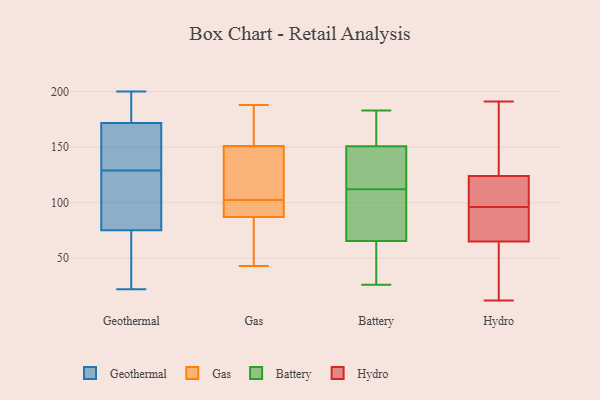
{"axis": {"x": "Production Output", "y": "Value"}, "legend": ["Battery", "Gas", "Geothermal", "Hydro"], "data": [{"x": "", "y": 180, "type": "Geothermal"}, {"x": "", "y": 182, "type": "Geothermal"}, {"x": "", "y": 63, "type": "Geothermal"}, {"x": "", "y": 73, "type": "Geothermal"}, {"x": "", "y": 160, "type": "Geothermal"}, {"x": "", "y": 94, "type": "Geothermal"}, {"x": "", "y": 198, "type": "Geothermal"}, {"x": "", "y": 162, "type": "Geothermal"}, {"x": "", "y": 22, "type": "Geothermal"}, {"x": "", "y": 124, "type": "Geothermal"}, {"x": "", "y": 55, "type": "Geothermal"}, {"x": "", "y": 169, "type": "Geothermal"}, {"x": "", "y": 122, "type": "Geothermal"}, {"x": "", "y": 200, "type": "Geothermal"}, {"x": "", "y": 141, "type": "Geothermal"}, {"x": "", "y": 76, "type": "Geothermal"}, {"x": "", "y": 129, "type": "Geothermal"}, {"x": "", "y": 164, "type": "Gas"}, {"x": "", "y": 151, "type": "Gas"}, {"x": "", "y": 121, "type": "Gas"}, {"x": "", "y": 109, "type": "Gas"}, {"x": "", "y": 96, "type": "Gas"}, {"x": "", "y": 87, "type": "Gas"}, {"x": "", "y": 43, "type": "Gas"}, {"x": "", "y": 188, "type": "Gas"}, {"x": "", "y": 91, "type": "Gas"}, {"x": "", "y": 95, "type": "Gas"}, {"x": "", "y": 61, "type": "Gas"}, {"x": "", "y": 157, "type": "Gas"}, {"x": "", "y": 79, "type": "Gas"}, {"x": "", "y": 121, "type": "Gas"}, {"x": "", "y": 39, "type": "Battery"}, {"x": "", "y": 95, "type": "Battery"}, {"x": "", "y": 144, "type": "Battery"}, {"x": "", "y": 152, "type": "Battery"}, {"x": "", "y": 169, "type": "Battery"}, {"x": "", "y": 177, "type": "Battery"}, {"x": "", "y": 39, "type": "Battery"}, {"x": "", "y": 170, "type": "Battery"}, {"x": "", "y": 106, "type": "Battery"}, {"x": "", "y": 141, "type": "Battery"}, {"x": "", "y": 108, "type": "Battery"}, {"x": "", "y": 112, "type": "Battery"}, {"x": "", "y": 123, "type": "Battery"}, {"x": "", "y": 73, "type": "Battery"}, {"x": "", "y": 26, "type": "Battery"}, {"x": "", "y": 63, "type": "Battery"}, {"x": "", "y": 147, "type": "Battery"}, {"x": "", "y": 39, "type": "Battery"}, {"x": "", "y": 183, "type": "Battery"}, {"x": "", "y": 160, "type": "Hydro"}, {"x": "", "y": 71, "type": "Hydro"}, {"x": "", "y": 127, "type": "Hydro"}, {"x": "", "y": 102, "type": "Hydro"}, {"x": "", "y": 107, "type": "Hydro"}, {"x": "", "y": 191, "type": "Hydro"}, {"x": "", "y": 59, "type": "Hydro"}, {"x": "", "y": 37, "type": "Hydro"}, {"x": "", "y": 121, "type": "Hydro"}, {"x": "", "y": 90, "type": "Hydro"}, {"x": "", "y": 12, "type": "Hydro"}, {"x": "", "y": 73, "type": "Hydro"}]}